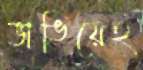
ভাঙিয়েই